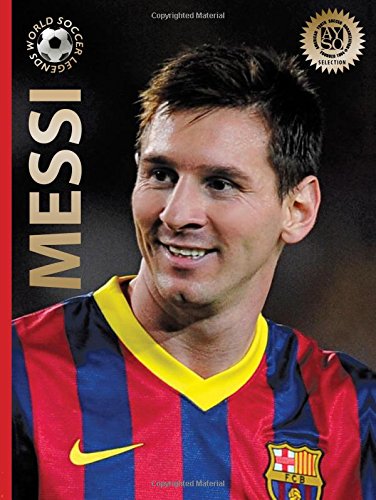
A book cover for Messi (World Soccer Legends); Illugi JÃ¶kulsson; Children's Books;